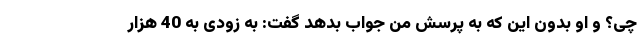
چی؟ و او بدون این که به پرسش من جواب بدهد گفت: به زودی به 40 هزار